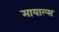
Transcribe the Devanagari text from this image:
मायाल्स